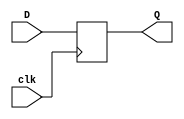
// FPGA projects using Verilog/ VHDL 
// fpga4student.com
// Verilog code for D Flip FLop
// Verilog code for rising edge D flip flop 
module RisingEdge_DFlipFlop(D, clk,Q);
 input D; // Data input 
 input clk; // clock input 
 output reg Q; // output Q 
 always @(posedge clk) 
 begin
  Q <= D; 
 end 
endmodule